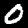
Digit: 0